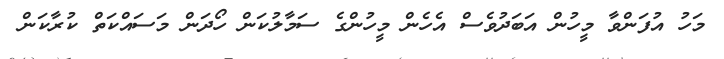
މަހު އުފަންވާ މީހުން އަބަދުވެސް އެހެން މީހުންގެ ސަމާލުކަން ހޯދަން މަސައްކަތް ކުރާކަން